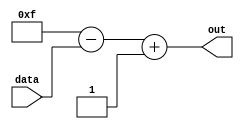
`timescale 1ns / 1ps

module complement_2s(
    input [3:0] data,
    output signed [3:0] out
    );
    wire [3:0]temp;
    assign temp= 4'b1111 - data;
    assign out= temp + 4'b0001; 
    
endmodule